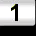
Digit: 1